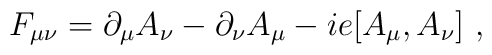
F_{\mu\nu}= \partial_\mu A_\nu - \partial_\nu A_\mu            - i e [A_\mu,A_\nu]\ ,